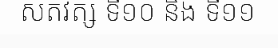
សតវត្ស ទី១០ និង ទី១១